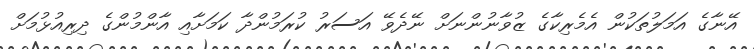
އޭނާގެ އަމަލުތަކުން އެމެރިކާގެ ޒުވާނުންނަށް ނޭދެވޭ އަސަރު ކުރަމުންދާ ކަމަށާއި އާންމުންގެ ދިރިއުޅުމަށް